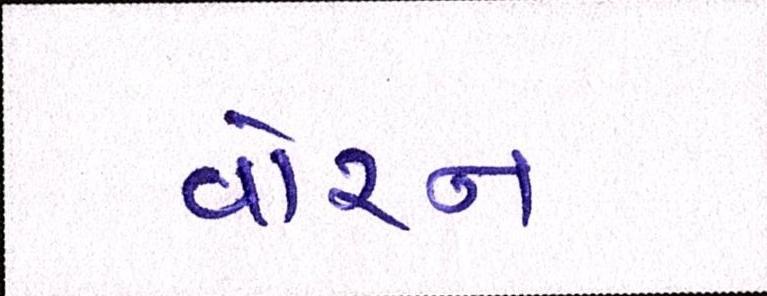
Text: વોરન